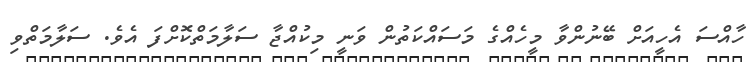
ހާއްސަ އެހީއަށް ބޭނުންވާ މީހެއްގެ މަސައްކަތުން ވަނީ މިކުއްޖާ ސަލާމަތްކޮށްފަ އެވެ. ސަލާމަތްވި